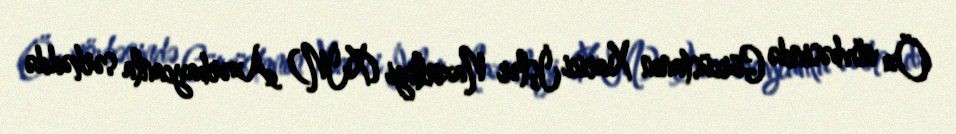
Öz növbəsində Gürcüstanın Xarici İşlər Nazirliyi (XİN) Azərbaycanla sərhəddə